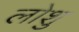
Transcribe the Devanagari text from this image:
लोशु